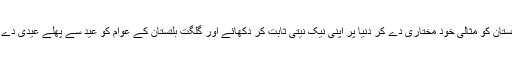
مسئلہ کشمیر کے حوالے سے حکومت پاکستان گلگت بلتستان کو مثالی خود مختاری دے کر دنیا پر اپنی نیک نیتی ثابت کر دکھائے اور گلگت بلتستان کے عوام کو عید سے پھلے عیدی دے کر کشمیر کی آزادی کے عید کا چاند کے اعلان کرے ۔